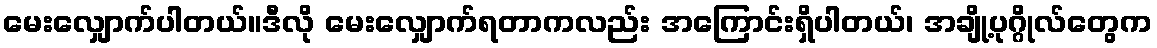
မေးလျှောက်ပါတယ်။ဒီလို မေးလျှောက်ရတာကလည်း အကြောင်းရှိပါတယ်၊ အချို့ပုဂ္ဂိုလ်တွေက